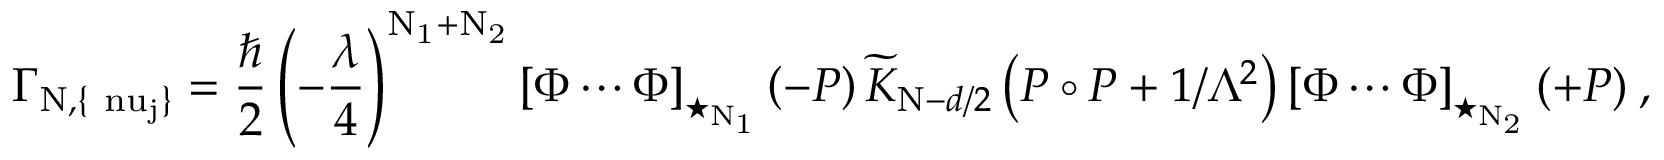
\Gamma _ { \mathrm { N , \{ \ n u _ { j } \} } } = \frac { \hbar } { 2 } \left( - \frac { \lambda } { 4 } \right) ^ { \mathrm { N _ { 1 } + N _ { 2 } } } \left[ \Phi \cdots \Phi \right] _ { \star _ { \mathrm { N _ { 1 } } } } \left( - P \right) \widetilde { { \cal K } } _ { \mathrm { N } - d / 2 } \left( P \circ P + 1 / \Lambda ^ { 2 } \right) \left[ \Phi \cdots \Phi \right] _ { \star _ { \mathrm { N _ { 2 } } } } ( + P ) ~ ,